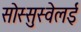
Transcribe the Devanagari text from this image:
सोस्सुस्वेलई